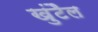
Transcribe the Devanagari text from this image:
खुंटैल